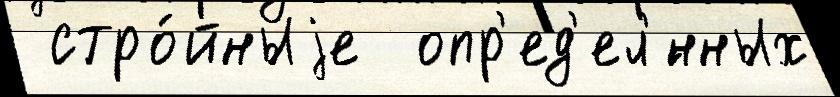
 стро́йныjе  опр'ед'ел'́нных